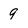
Character: g